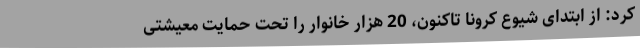
کرد: از ابتدای شیوع کرونا تاکنون، 20 هزار خانوار را تحت حمایت معیشتی